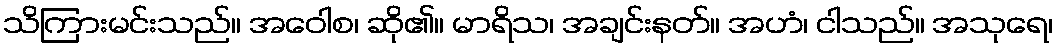
သိကြားမင်းသည်။ အဝေါစ၊ ဆို၏။ မာရိသ၊ အချင်းနတ်။ အဟံ၊ ငါသည်။ အသုရေ၊